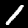
Digit: 1